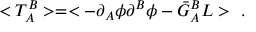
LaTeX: < T _ { A } ^ { B } > = < - \partial _ { A } \phi \partial ^ { B } \phi - \bar { G } _ { A } ^ { B } L > \ .